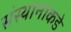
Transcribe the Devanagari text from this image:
संस्थानांकडे